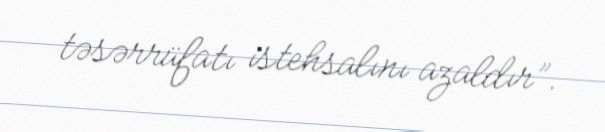
təsərrüfatı istehsalını azaldır”.